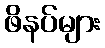
ဖိနပ်များ